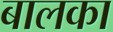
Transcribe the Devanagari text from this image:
बालका